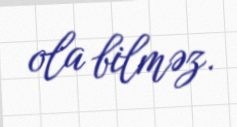
ola bilməz.